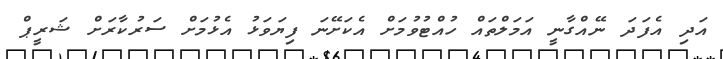
އަދި އެފަދަ ނޭއްގާނީ އަމަލްތައް ހުއްޓުވުމަށް އެކަށޭނަ ފިޔަވަޅު އެޅުމަށް ސަރުކާރަށް ޝަރީޕް